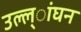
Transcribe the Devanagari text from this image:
उल्ल्ांघन